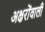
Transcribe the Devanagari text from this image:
अक्षरोंवाली